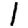
Digit: 1